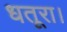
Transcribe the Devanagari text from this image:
धतूरा।